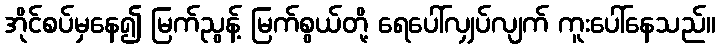
အိုင်စပ်မှနေ၍ မြက်ညွန့် မြက်စွယ်တို့ ရေပေါ်လျှပ်လျက် ကူးပေါ်နေသည်။